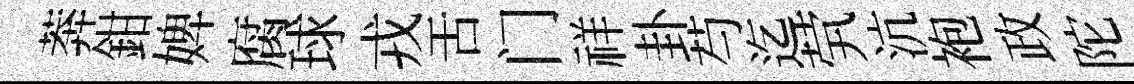
莾鉗婢腐球戎舌门祥卦芍迄茕沆袍政陀